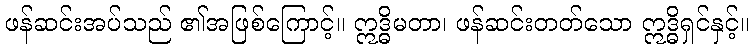
ဖန်ဆင်းအပ်သည် ၏အဖြစ်ကြောင့်။ ဣဒ္ဓိမတာ၊ ဖန်ဆင်းတတ်သော ဣဒ္ဓိရှင်နှင့်။